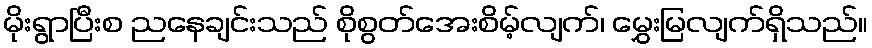
မိုးရွာပြီးစ ညနေချင်းသည် စိုစွတ်အေးစိမ့်လျက်၊ မွှေးမြလျက်ရှိသည်။